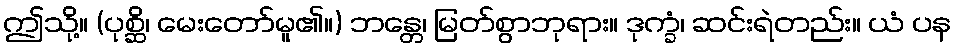
ဤသို့။ (ပုစ္ဆိ၊ မေးတော်မူ၏။) ဘန္တေ၊ မြတ်စွာဘုရား။ ဒုက္ခံ၊ ဆင်းရဲတည်း။ ယံ ပန